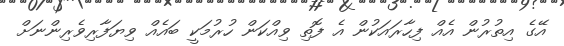
އޭގެ އިތުރުން އެއް ފިހާރައަކުން އެ ފޮތި ވިއްކަން ހުރުމަކީ ބައެއް ވިޔަފާރިވެރިންނަށް